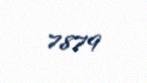
7879